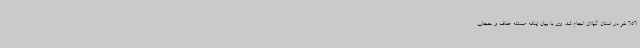
656 نفر در استان گیلان انجام شد. وی با بیان اینکه مسئله عفاف و حجاب